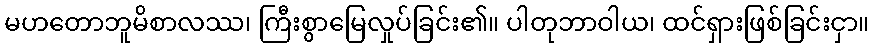
မဟတောဘူမိစာလဿ၊ ကြီးစွာမြေလှုပ်ခြင်း၏။ ပါတုဘာဝါယ၊ ထင်ရှားဖြစ်ခြင်းငှာ။